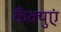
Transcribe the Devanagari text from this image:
कैंक्युएं